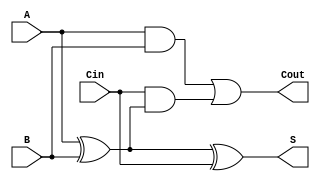
module FullAdder (
    input wire A,      // First input bit
    input wire B,      // Second input bit
    input wire Cin,    // Carry-in from the previous lower significant bit
    output wire S,     // Sum output
    output wire Cout   // Carry-out to the next higher significant bit
);

// Sum calculation using XOR gates
assign S = A ^ B ^ Cin;

// Carry-out calculation using AND and OR gates
assign Cout = (A & B) | (Cin & (A ^ B));

endmodule